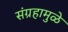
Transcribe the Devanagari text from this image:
संग्रहामुळे